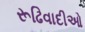
રૂઢિવાદીઓ